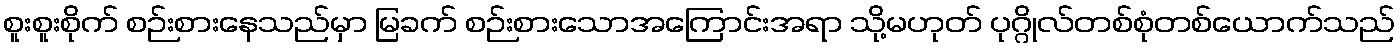
စူးစူးစိုက် စဉ်းစားနေသည်မှာ မြခက် စဉ်းစားသောအကြောင်းအရာ သို့မဟုတ် ပုဂ္ဂိုလ်တစ်စုံတစ်ယောက်သည်